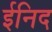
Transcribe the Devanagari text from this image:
ईनिद